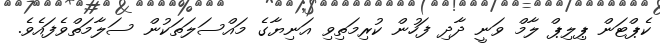
ކެޕްޓަން ޕިލިޕް ލާމް ވަނީ ދާދި ފަހުން ކުރިމަތިވި އަނިޔާގެ މައްސަލަތަކުން ސަލާމަތްވެފައެވެ.